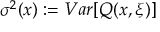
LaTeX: \sigma ^ { 2 } ( x ) : = V a r [ Q ( x , \xi ) ]